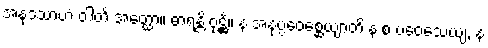
အနုဒသာဟံ ဝါတိ အတ္ထော။ ဓာရန္တိ ဝုဋ္ဌိံ။ န အနုပ္ပဝေစ္ဆေယျာတိ န စ ပဝေသေယျ, န